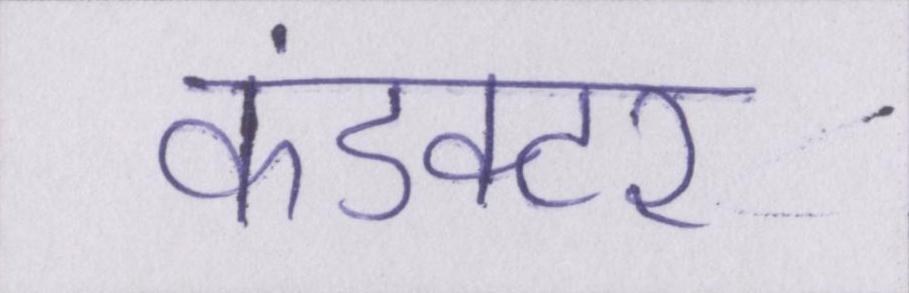
कंडक्टर